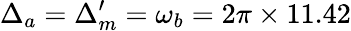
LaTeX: \Delta_{a}=\Delta_{m}^{\prime}=\omega_{b}=2\pi\times 11.42